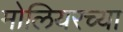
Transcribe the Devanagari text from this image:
मोलियरच्या